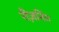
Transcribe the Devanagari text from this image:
रीज़निंग